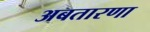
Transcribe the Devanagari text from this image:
अबतारणा